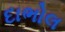
દાભોલ